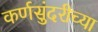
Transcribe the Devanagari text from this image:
कर्णसुंदरीच्या